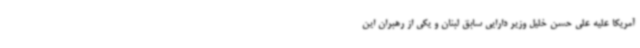
آمریکا علیه علی حسن خلیل وزیر دارایی سابق لبنان و یکی از رهبران این